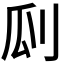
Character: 𠛒